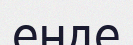
енде